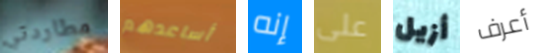
مطاردتي أساعدهم إنه على أزيل أعرف